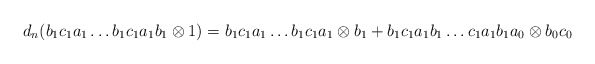
\begin{align*}d_n(b_1c_1a_1 \dots b_1c_1a_1b_1 \otimes 1) = b_1c_1a_1 \dots b_1c_1a_1 \otimes b_1 + b_1c_1a_1b_1 \dots c_1a_1b_1a_0 \otimes b_0c_0\end{align*}